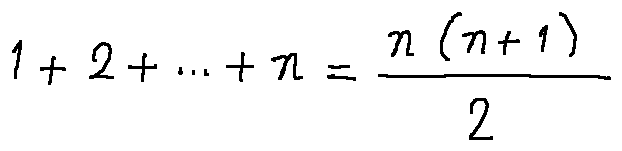
1 + 2 + \cdots + n = \frac { n ( n + 1 ) } { 2 }